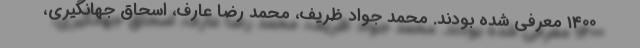
1400 معرفی شده بودند. محمد جواد ظریف، محمد رضا عارف، اسحاق جهانگیری،